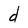
Character: d